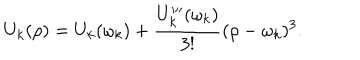
U _ { k } ( \rho ) = U _ { k } ( \omega _ { k } ) + \frac { U _ { k } ^ { \prime \prime \prime } ( \omega _ { k } ) } { 3 ! } ( \rho - \omega _ { k } ) ^ { 3 } .